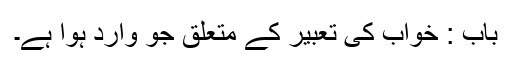
باب : خواب کی تعبیر کے متعلق جو وارد ہوا ہے۔